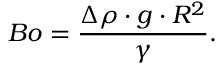
B o = \frac { \Delta \rho \cdot g \cdot R ^ { 2 } } { \gamma } .